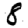
Digit: 8